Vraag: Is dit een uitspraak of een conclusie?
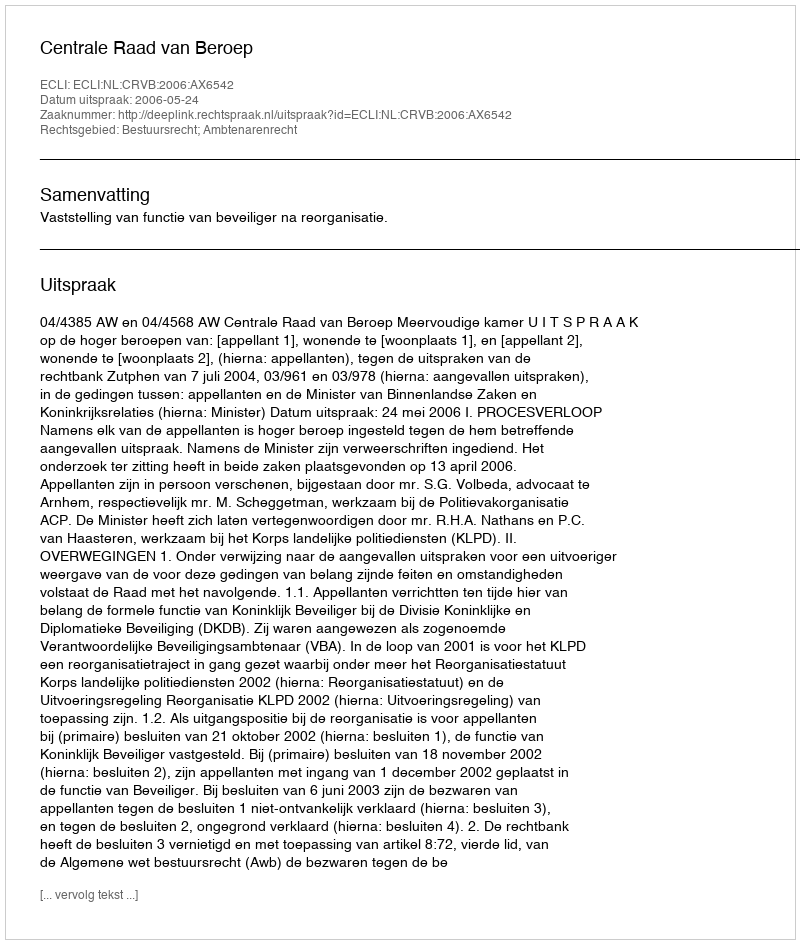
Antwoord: Uitspraak